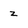
Character: z